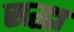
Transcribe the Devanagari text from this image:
सद्धा